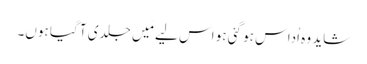
شاید وہ اُداس ہو گئی ہو اس لیے مَیں جلدی آ گیا ہوں۔